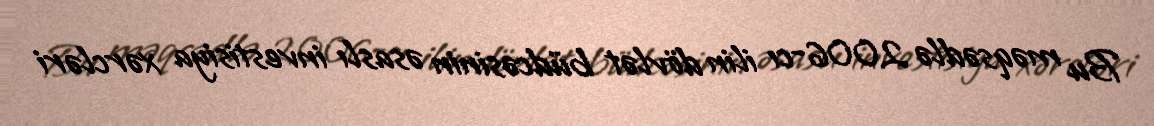
Bu məqsədlə 2006-cı ilin dövlət büdcəsinin əsaslı investisiya xərcləri